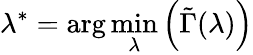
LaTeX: \lambda^{*}=\arg\operatorname*{min}_{\lambda}\left(\tilde{\Gamma}(\lambda)\right)